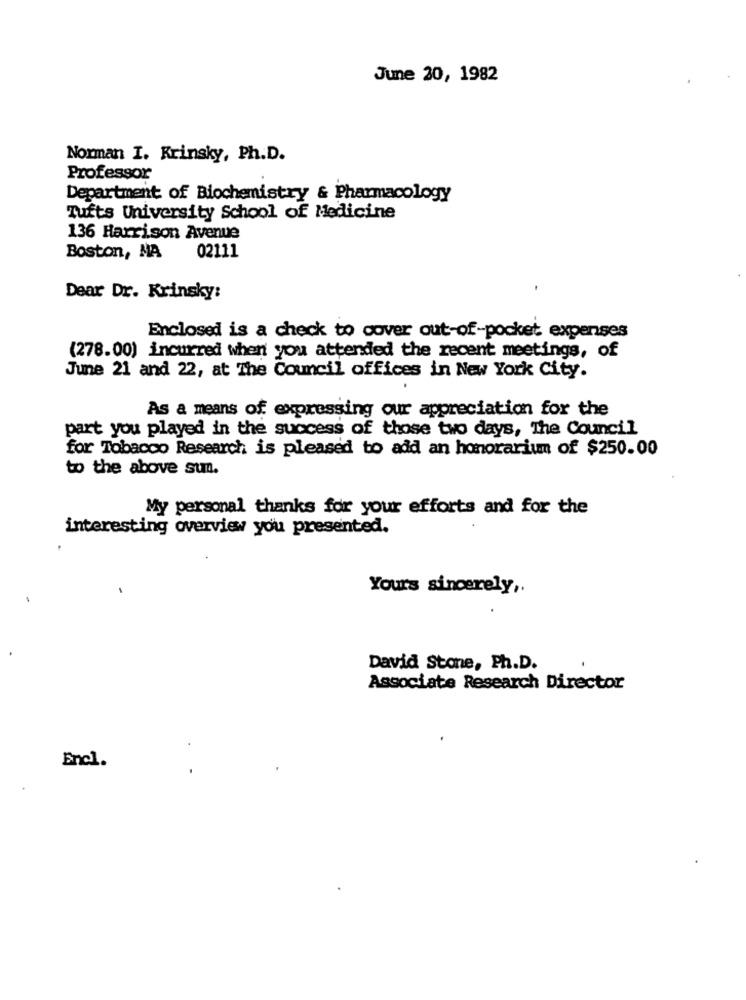
June 20, 1982
Norman I. Krinsky, Ph.D.
Professor
Department of Biochemistry & Pharmacology
Tufts University School of Medicine
136 Harrison Avenue
02111
Boston, MA
Dear Dr. Krinsky:
Enclosed is a check to cover out-of-pocket expenses
(278.00) incurred when you attended the recent meetings, of
June 21 and 22, at The Council offices in New York City.
As a means of expressing our appreciation for the
part you played in the success of those two days, The Council
for Tobacco Research is pleased to add an honorarium of $250.00
to the above sun.
My personal thanks for your efforts and for the
interesting overview you presented.
Yours sincerely ,.
David Stone, Ph.D.
Associate Research Director
Encl.